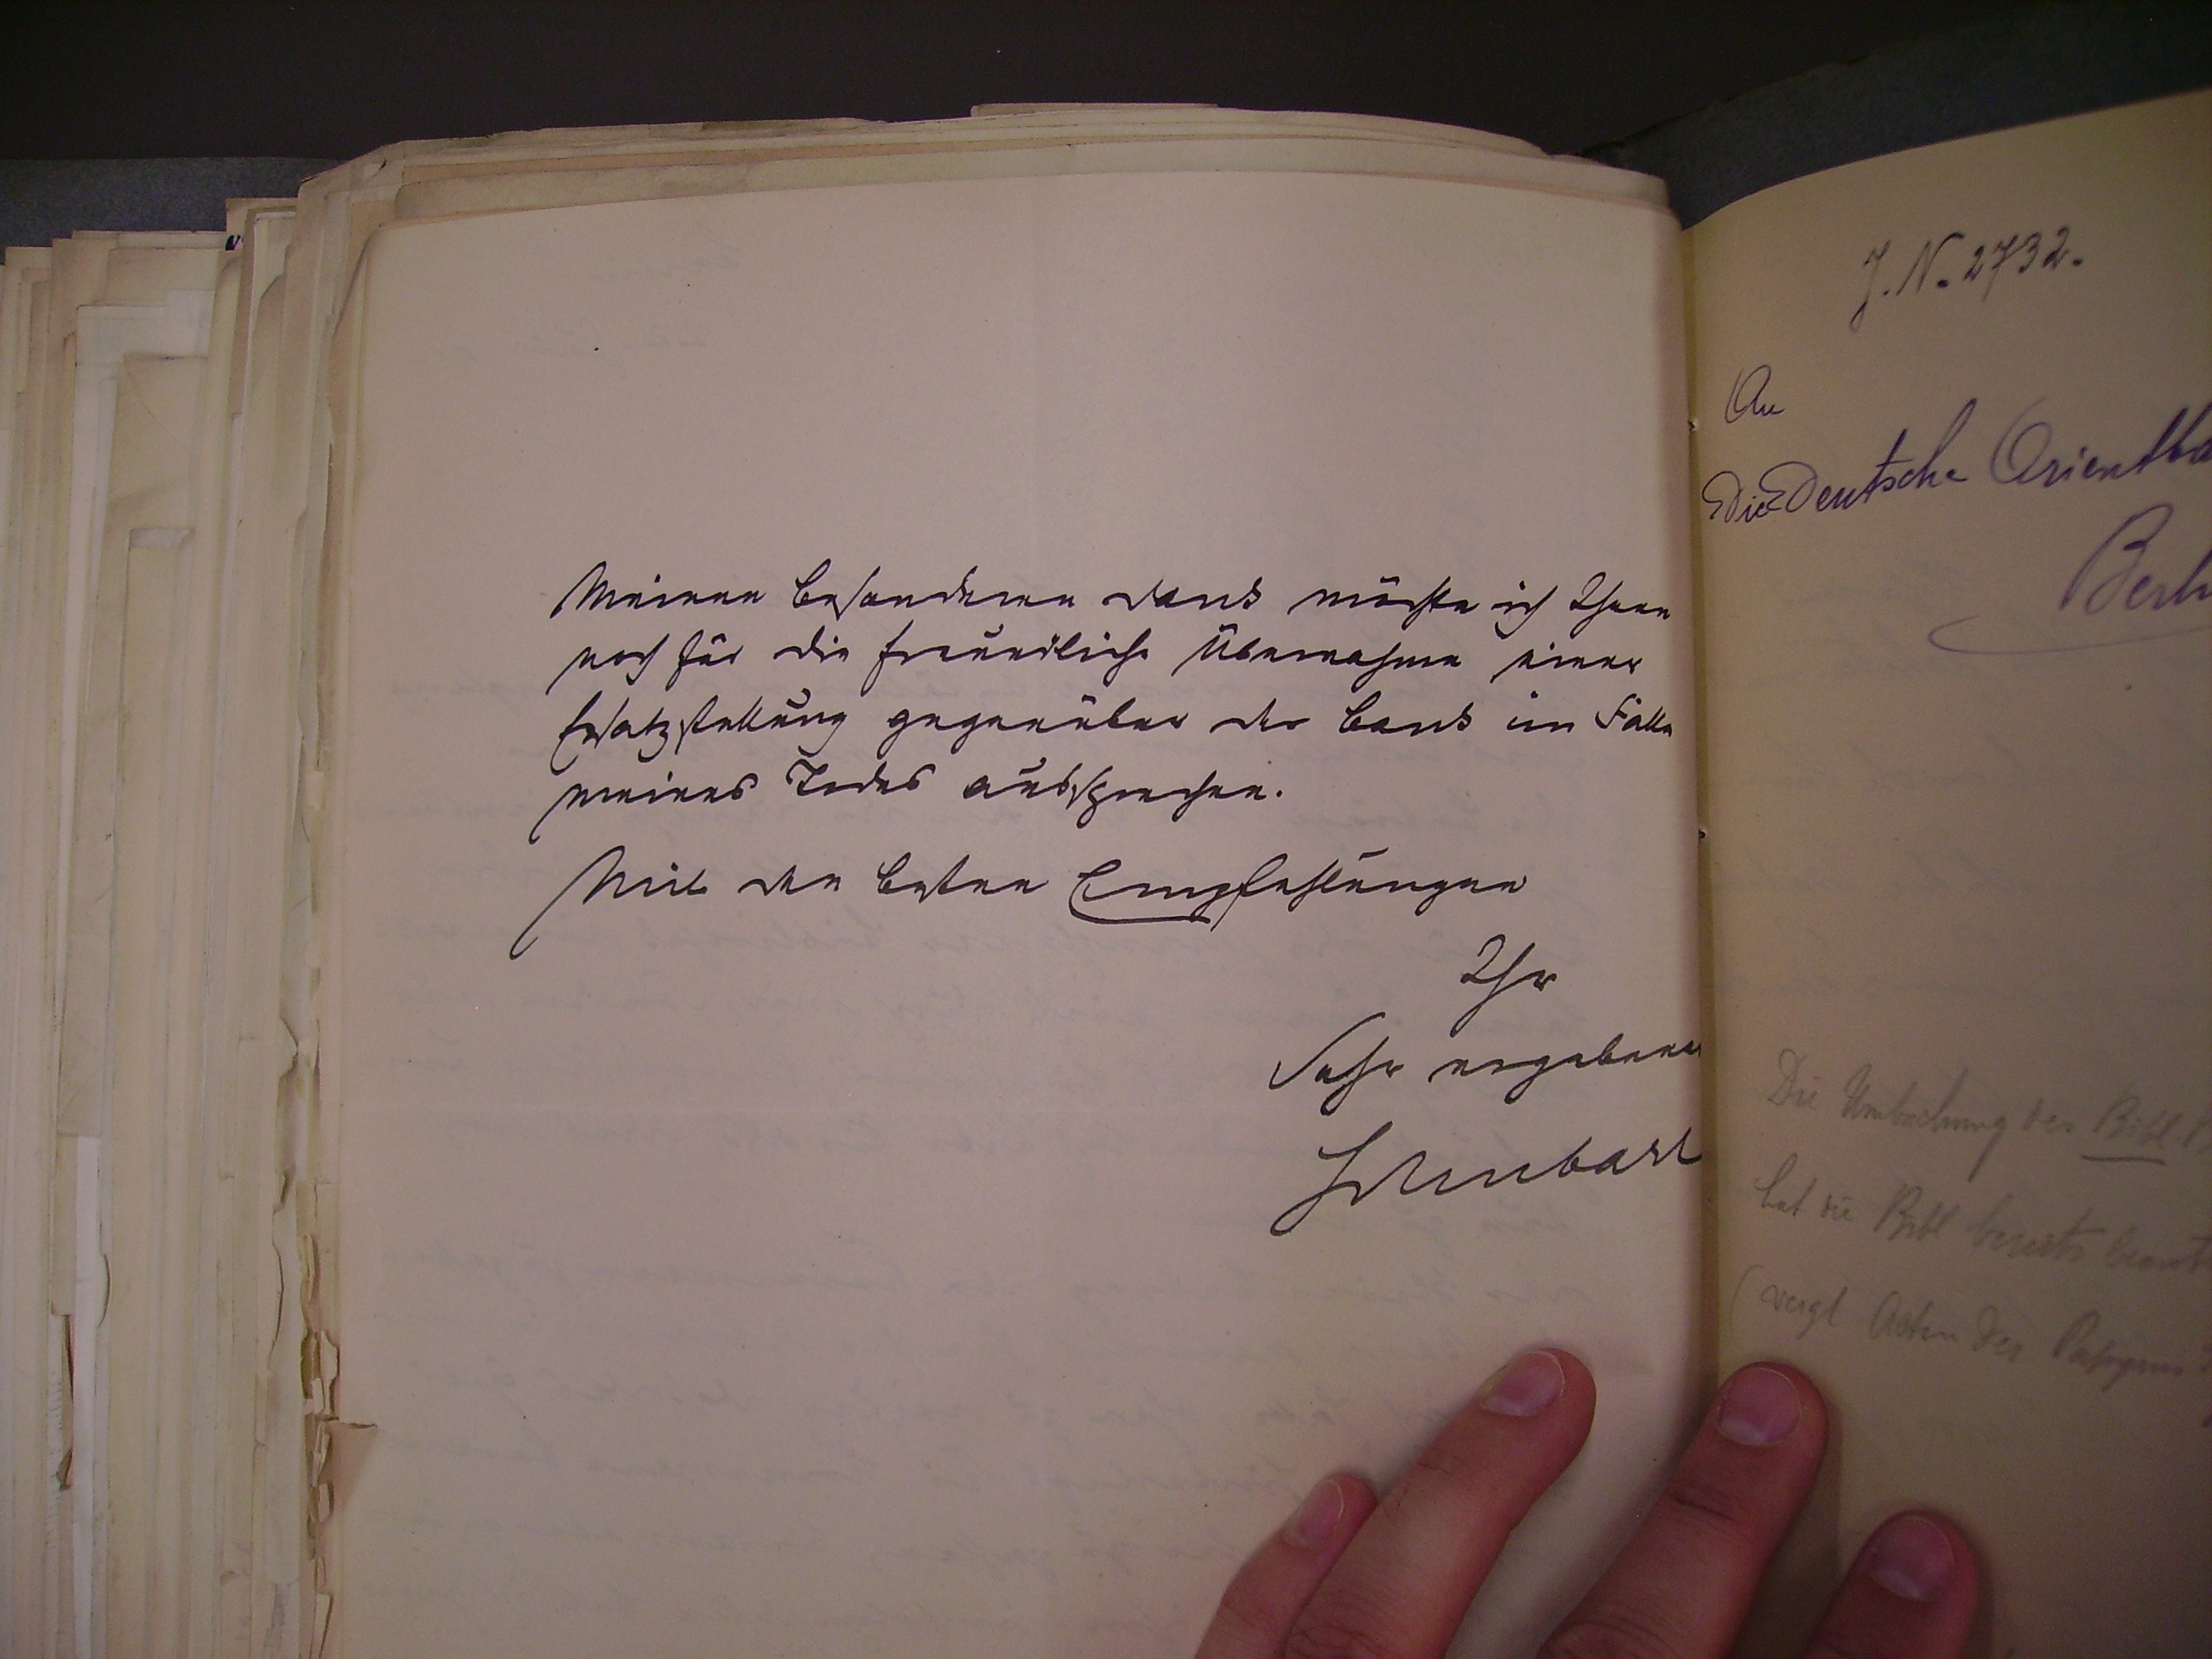
Meinen besonderen dank möchte ich
Ihnen noch für die freundliche Übernahme eine
Ersatzstellung gegenüber der dank im Falle
meines Todes aussprechen.
mit den besten Empfehlungen
Ihr
sehr ergebener
Schubart